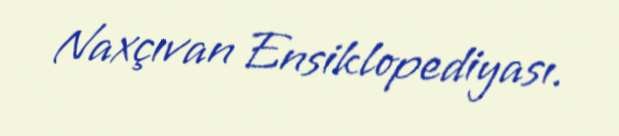
Naxçıvan Ensiklopediyası.